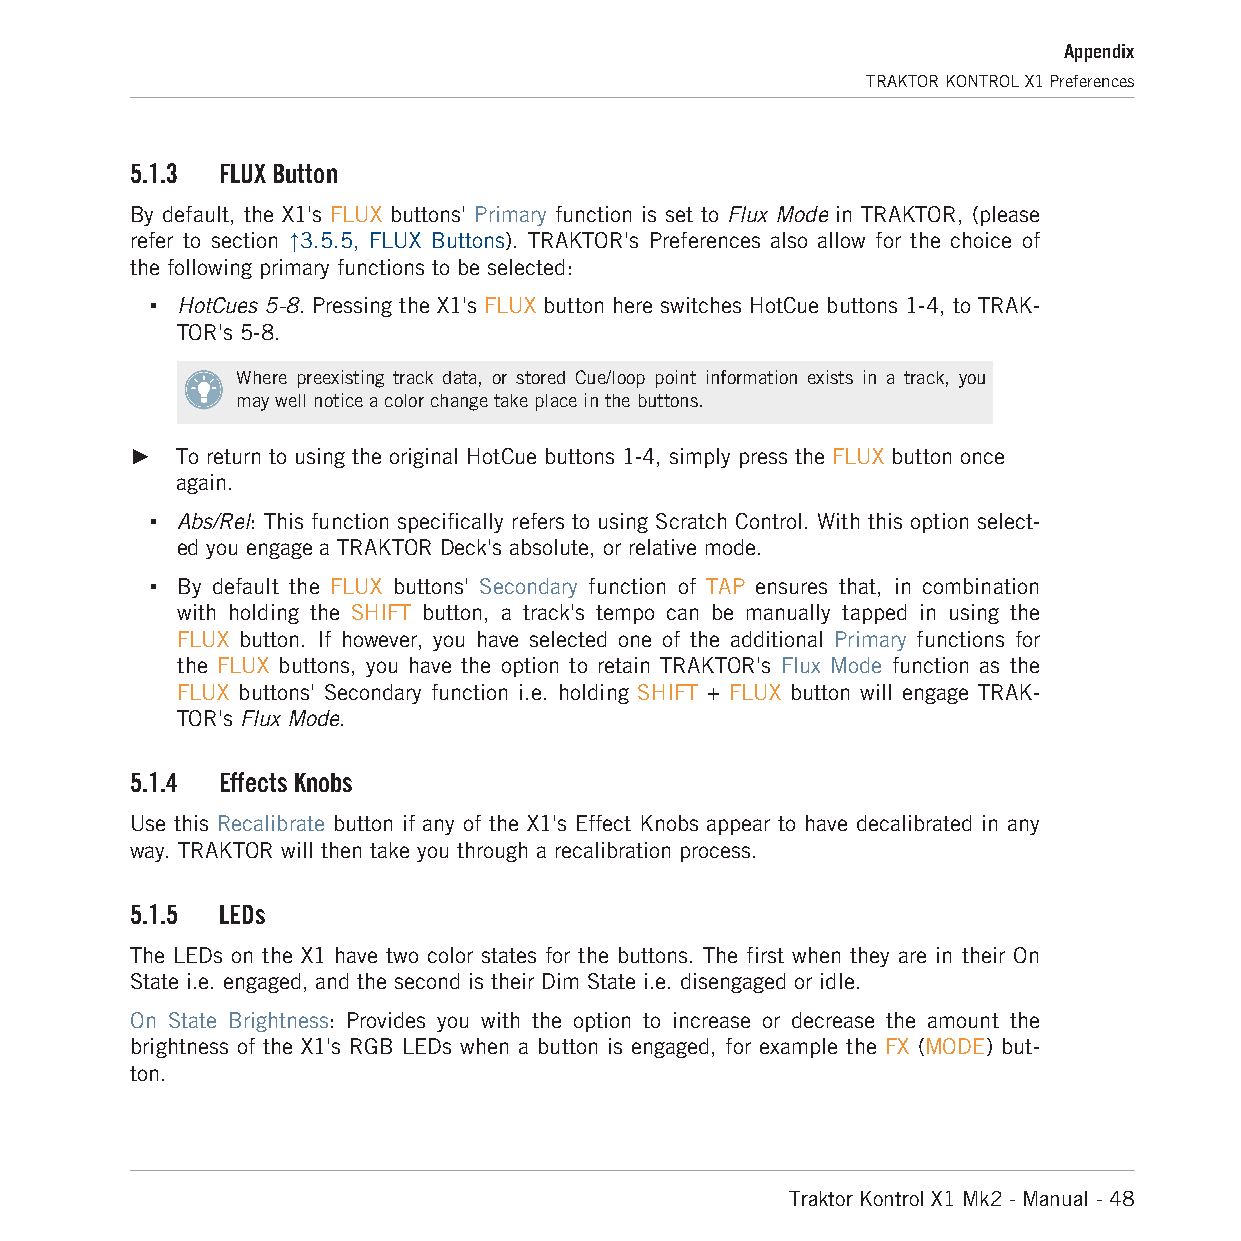
Appendix
 TRAKTOR KONTROL X1 Preferences
 5.1.3 FLUX Button
 By default, the X1's FLUX buttons' Primary function is set to Flux Mode in TRAKTOR, (please
 refer to section ↑3.5.5, FLUX Buttons). TRAKTOR's Preferences also allow for the choice of
 the following primary functions to be selected:
 ▪ HotCues 5-8. Pressing the X1's FLUX button here switches HotCue buttons 1-4, to TRAK-
 TOR's 5-8.
 Where preexisting track data, or stored Cue/loop point information exists in a track, you
 may well notice a color change take place in the buttons.
 ►  To return to using the original HotCue buttons 1-4, simply press the FLUX button once
 again.
 ▪ Abs/Rel: This function specifically refers to using Scratch Control. With this option select-
 ed you engage a TRAKTOR Deck's absolute, or relative mode.
 ▪ By default the FLUX buttons' Secondary function of TAP ensures that, in combination
 with holding the SHIFT button, a track's tempo can be manually tapped in using the
 FLUX button. If however, you have selected one of the additional Primary functions for
 the FLUX buttons, you have the option to retain TRAKTOR's Flux Mode function as the
 FLUX buttons' Secondary function i.e. holding SHIFT + FLUX button will engage TRAK-
 TOR's Flux Mode.
 5.1.4 Effects Knobs
 Use this Recalibrate button if any of the X1's Effect Knobs appear to have decalibrated in any
 way. TRAKTOR will then take you through a recalibration process.
 5.1.5 LEDs
 The LEDs on the X1 have two color states for the buttons. The first when they are in their On
 State i.e. engaged, and the second is their Dim State i.e. disengaged or idle.
 On State Brightness: Provides you with the option to increase or decrease the amount the
 brightness of the X1's RGB LEDs when a button is engaged, for example the FX (MODE) but-
 ton.
 Traktor Kontrol X1 Mk2 - Manual - 48